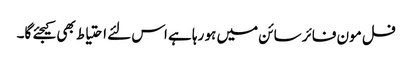
فل مون فائر سائن میں ہو رہا ہے اس لئے احتیاط بھی کیجئے گا۔